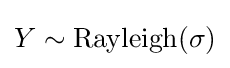
Y\sim \mathrm {Rayleigh} (\sigma )